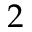
2